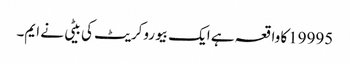
19995کا واقعہ ہے ایک بیوروکریٹ کی بیٹی نے ایم۔